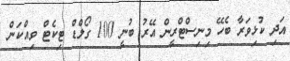
އަދި ކުޅިވަރާ ބެހޭ މިނިސްޓްރީން އޭރު ބުނީ 100 ގޯލްޑް ޓިކެޓް ވިއްކަން